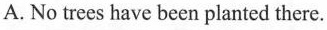
A. No trees have been planted there.